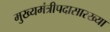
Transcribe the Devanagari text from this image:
मुख्यमंत्रीपदासारख्या